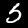
Label: 5